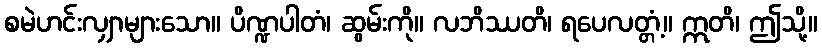
စမဲဟင်းလျှာများသော။ ပိဏ္ဍပါတံ၊ ဆွမ်းကို။ လဘိဿတိ၊ ရပေလတ္တံ့။ ဣတိ၊ ဤသို့။